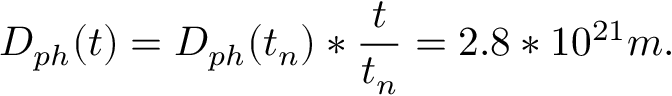
D _ { p h } ( t ) = D _ { p h } ( t _ { n } ) * \frac { t } { t _ { n } } = 2 . 8 * 1 0 ^ { 2 1 } m .